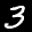
Label: 3